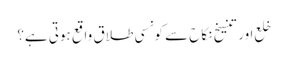
خلع اور تنسیخ نکاح سے کونسی طلاق واقع ہوتی ہے؟